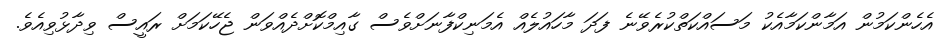
އެހެންކަމުން އަމާންކަމާއެކު މަސައްކަތްކުރެވޭނެ ފަދަ މާހައުލެއް އެމަނިކްފާނަށްވެސް ގާއިމްކޮށްދެއްވަން ޖެހޭކަމަށް ރައީސް ވިދާޅުވިއެވެ.